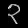
Digit: ၃